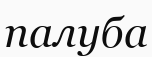
палуба